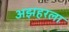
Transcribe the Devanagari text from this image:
अझहरला